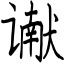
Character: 谳